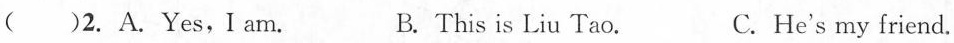
( )2. A. Yes,I am. B. This is Liu Tao. C. He's my friend.